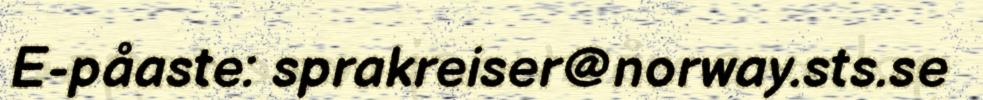
E-påaste: sprakreiser@norway.sts.se